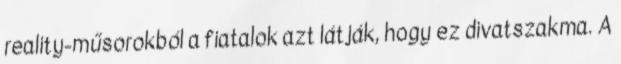
reality-műsorokból a fiatalok azt látják, hogy ez divatszakma. A